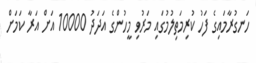
ހަނގުރާމައިގެ ފަހު ކުރިމަތިލުމުގައި މަރުވި މީހުންގެ އަދަދު 10000 އަށް އަރާ ކަމަށް